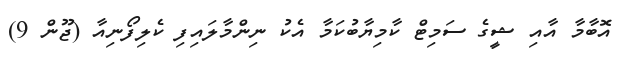
އޮބާމާ އާއި ޝީގެ ސަމިޓް ކާމިޔާބުކަމާ އެކު ނިންމާލައިފި ކެލިފޯނިއާ (ޖޫން 9)